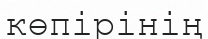
көпірінің